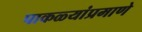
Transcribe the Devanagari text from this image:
पाकळ्यांप्रमाणे